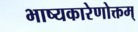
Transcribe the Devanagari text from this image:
भाष्यकारेणोक्तम्